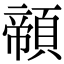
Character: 䫕